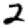
Digit: 2